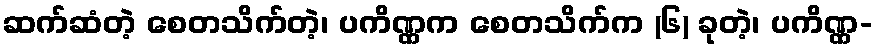
ဆက်ဆံတဲ့ စေတသိက်တဲ့၊ ပကိဏ္ဏက စေတသိက်က (၆) ခုတဲ့၊ ပကိဏ္ဏ-